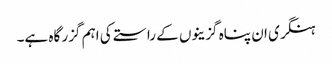
ہنگری ان پناہ گزینوں کے راستے کی اہم گزر گاہ ہے۔